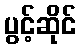
ပွင့်ဆိုင်